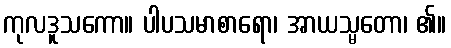
ကုလဒူသကော။ ပါပသမာစာရော၊ အာယသ္မတော၊ ၏။